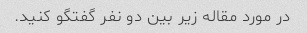
در مورد مقاله زیر بین دو نفر گفتگو کنید.